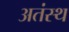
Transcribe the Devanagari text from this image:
अतंस्थ